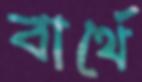
বার্থে